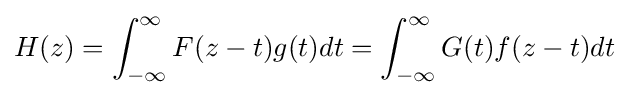
H(z)=\int _{-\infty }^{\infty }F(z-t)g(t)dt=\int _{-\infty }^{\infty }G(t)f(z-t)dt